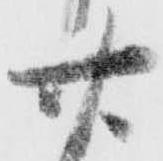
廿